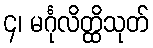
၄၊ မင်္ဂုလိတ္ထိသုတ်